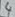
Text: 4